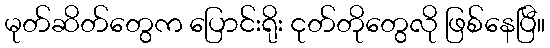
မုတ်ဆိတ်တွေက ပြောင်းရိုး ငုတ်တိုတွေလို ဖြစ်နေပြီ။